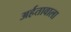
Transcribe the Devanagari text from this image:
अर्हतावाला